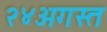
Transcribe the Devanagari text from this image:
२४अगस्त